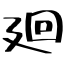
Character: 廻